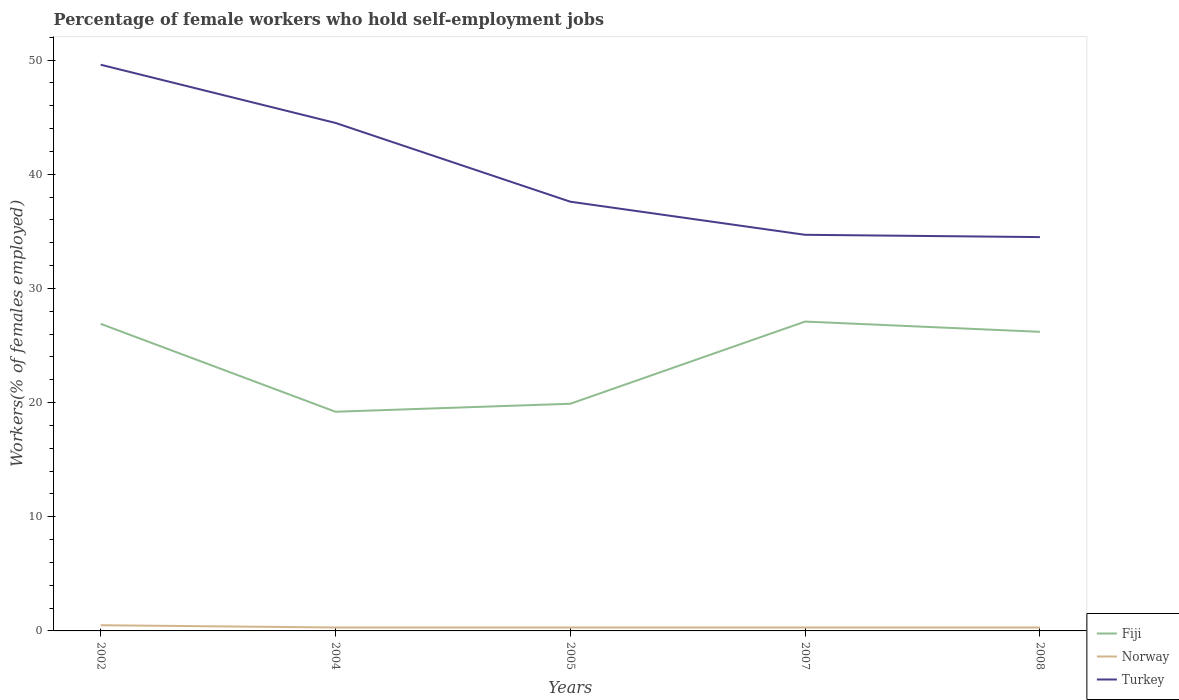
| Years | Fiji | Norway | Turkey |
 | --- | --- | --- | --- |
 | 2002 | 26.9 | 0.5 | 49.6 |
 | 2004 | 19.2 | 0.3 | 44.5 |
 | 2005 | 19.9 | 0.3 | 37.6 |
 | 2007 | 27.1 | 0.3 | 34.7 |
 | 2008 | 26.2 | 0.3 | 34.5 |